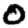
Digit: 0